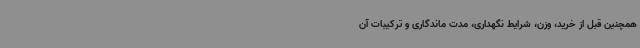
همچنین قبل از خرید، وزن، شرایط نگهداری، مدت ماندگاری و ترکیبات آن